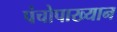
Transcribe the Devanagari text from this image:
पंचोपाख्यान